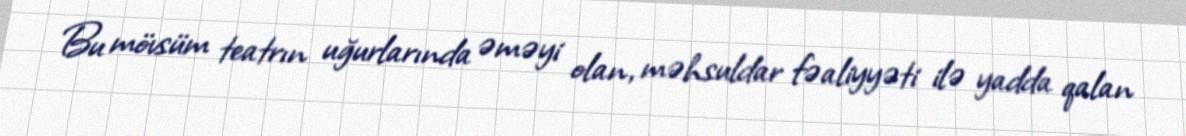
Bu mövsüm teatrın uğurlarında əməyi olan, məhsuldar fəaliyyəti ilə yadda qalan